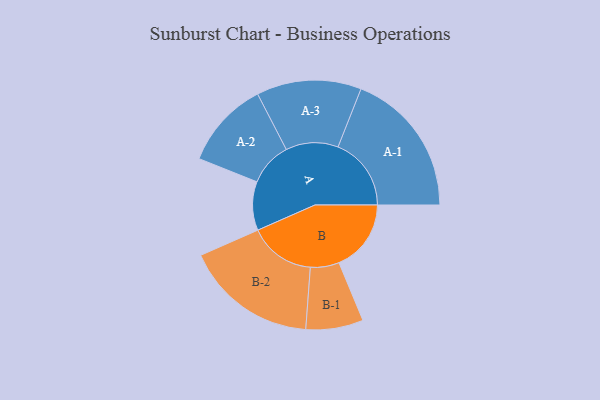
{"axis": {"x": "Segment", "y": "Value"}, "legend": ["", "A", "B"], "data": [{"x": "A", "y": 185, "type": ""}, {"x": "B", "y": 274, "type": ""}, {"x": "A-1", "y": 278, "type": "A"}, {"x": "A-2", "y": 166, "type": "A"}, {"x": "A-3", "y": 199, "type": "A"}, {"x": "B-1", "y": 109, "type": "B"}, {"x": "B-2", "y": 252, "type": "B"}]}